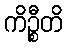
ကိဉ္စီတိ